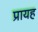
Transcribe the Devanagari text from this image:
प्रायह